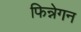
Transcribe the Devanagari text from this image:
फिन्नेगन